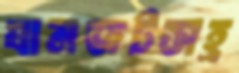
যানজটসহ্র